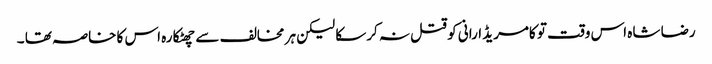
رضا شاہ اس وقت تو کامریڈ ارانی کو قتل نہ کرسکا لیکن ہر مخالف سے چھٹکارہ اس کا خاصہ تھا ۔